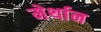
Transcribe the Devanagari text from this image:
मेर्थान